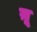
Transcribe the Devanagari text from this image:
य़ू